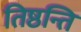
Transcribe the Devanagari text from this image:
तिष्ठन्ति